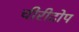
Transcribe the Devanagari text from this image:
चीरीटोप